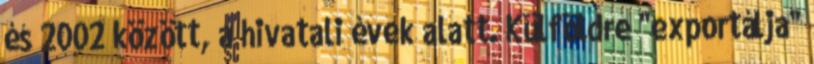
és 2002 között, a hivatali évek alatt. Külföldre "exportálja"